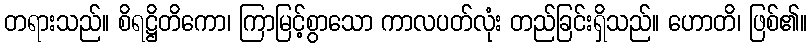
တရားသည်။ စိရဋ္ဌိတိကော၊ ကြာမြင့်စွာသော ကာလပတ်လုံး တည်ခြင်းရှိသည်။ ဟောတိ၊ ဖြစ်၏။